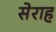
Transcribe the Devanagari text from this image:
सेराह